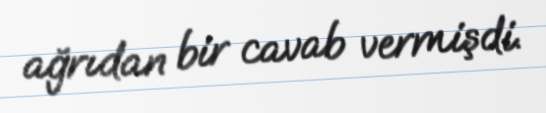
ağrıdan bir cavab vermişdi.